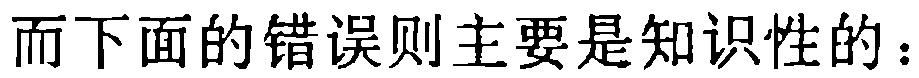
而下面的错误则主要是知识性的：